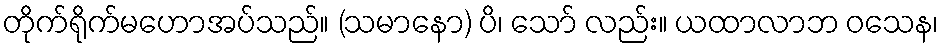
တိုက်ရိုက်မဟောအပ်သည်။ (သမာနော) ပိ၊ သော် လည်း။ ယထာလာဘ ဝသေန၊